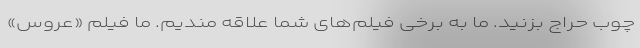
چوب حراج بزنید. ما به برخی فیلم‌های شما علاقه مندیم. ما فیلم «عروس»